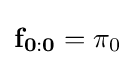
\mathbf {f_{0:0}} =\mathbf {\pi } _{0}